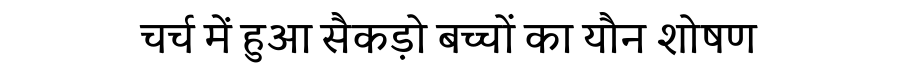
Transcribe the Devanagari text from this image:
चर्च में हुआ सैकड़ो बच्चों का यौन शोषण